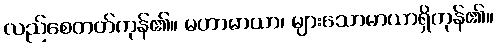
လည်စေတတ်ကုန်၏။ မဟာမာယာ၊ များသောမာယာရှိကုန်၏။